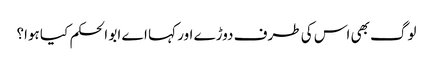
لوگ بھی اس کی طرف دوڑے اور کہا اے ابو الحکم کیا ہوا؟